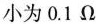
小为0.1Ω